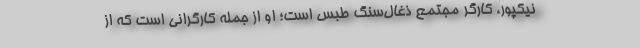
نیکپور، کارگر مجتمع ذغال‌سنگ طبس است؛ او از جمله کارگرانی است که از